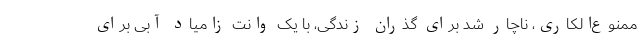
ممنوع‌الکاری، ناچار شد برای گذران زندگی، با یک وانت زامیاد آبی برای